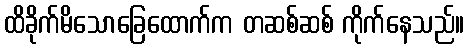
ထိခိုက်မိသောခြေထောက်က တဆစ်ဆစ် ကိုက်နေသည်။